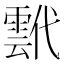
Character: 𩃷